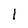
Character: 1